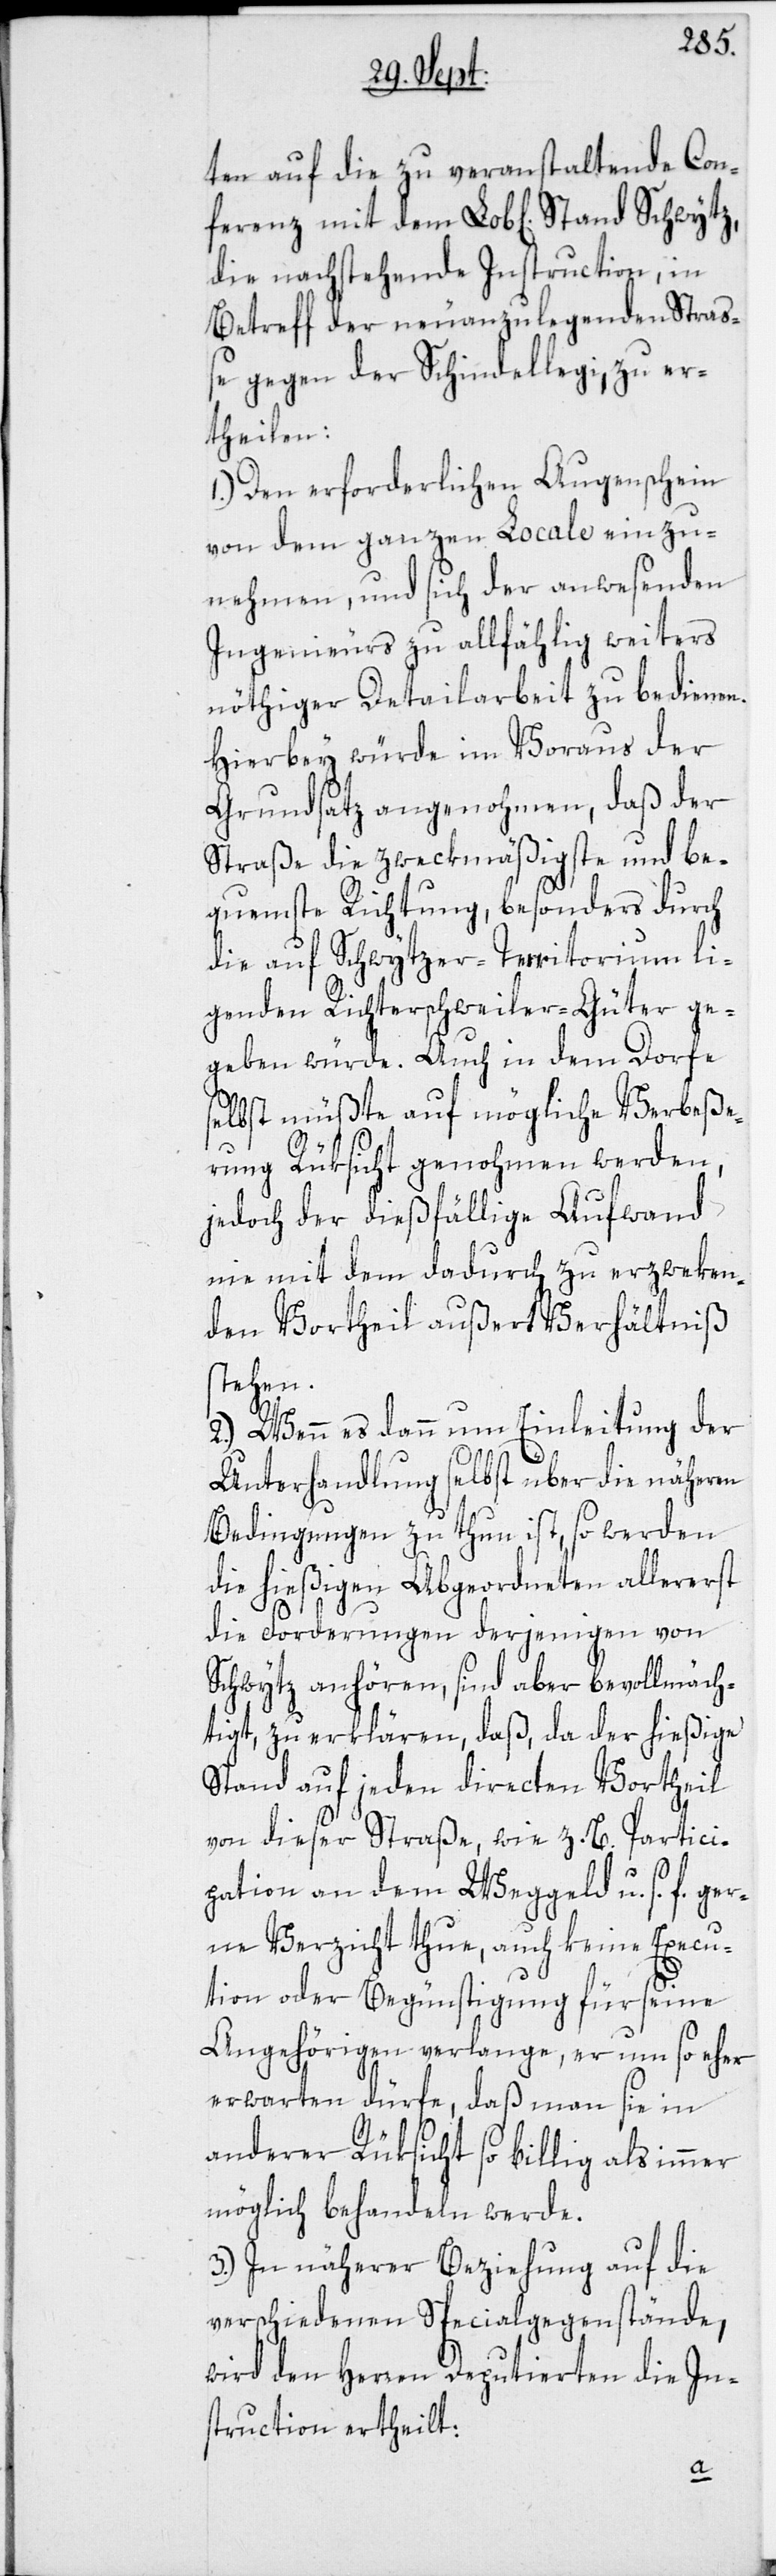
ten auf die zu veranstaltende Con¬
die nachstehende Instruction, in
Betreff der neuanzulegenden Straß¬
e gegen der Schindellegi, zu er¬
theilen:
1.) Den erforderlichen Augenschein
von dem ganzen Locale einzu¬
nehmen, und sich der anwesenden
Ingenieurs zu allfählig weiters
nöthiger Detailarbeit zu bedienen.
Hierbey würde im Voraus der
Grundsatz angenohmen, daß der
Straße die zweckmäßigste und be¬
quemste Richtung, besonders durch
die auf Schwytzer-Territorium li¬
genden Richterschweiler-Güter ge¬
geben würde. Auch in dem Dorfe
selbst müßte auf mögliche Verbeße¬
rung Rüksicht genohmen werden,
jedoch der dießfällige Aufwand
nie mit dem dadurch zu erzweken¬
den Vortheil außert Verhältniß
stehen.
2.) Wenn es dann um Einleitung der
Unterhandlung selbst über die näheren
Bedingungen zu thun ist, so werden
die hießigen Abgeordneten allererst
die Forderungen derjenigen von
Schwytz anhören, sind aber bevollmäch¬
tigt, zu erklären, daß, da der hießige
Stand auf jeden directen Vortheil
von dieser Straße, wie z. B. Partici¬
pation an dem Weggeld u. s. f. ger¬
ne Verzicht thue, auch keine Execu¬
tion oder Begünstigung für seine
Angehörigen verlange, er um so eher
erwarten dürfe, daß man sie in
anderer Rüksicht so billig als immer
möglich behandeln werde.
3.) In näherer Beziehung auf die
verschiedenen Specialgegenstände,
wird den Herren Deputierten die In¬
struction ertheilt: